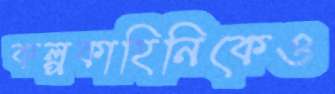
কল্পকাহিনিকেও